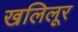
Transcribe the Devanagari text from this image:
खलिलूर